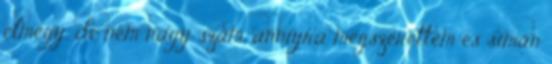
elmegy, de nem nagy szám, anniyra megszerettem és simán